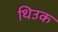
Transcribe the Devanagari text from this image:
थिउक